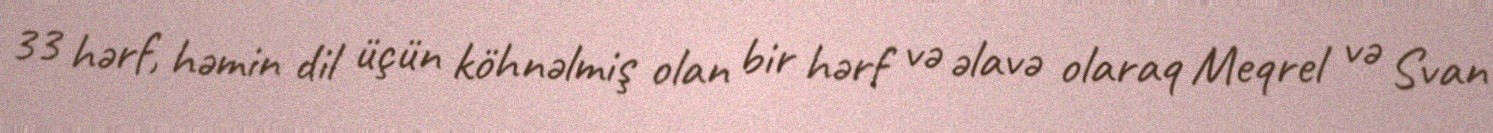
33 hərf, həmin dil üçün köhnəlmiş olan bir hərf və əlavə olaraq Meqrel və Svan